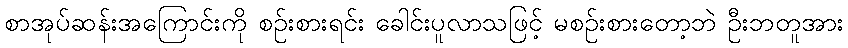
စာအုပ်ဆန်းအကြောင်းကို စဉ်းစားရင်း ခေါင်းပူလာသဖြင့် မစဉ်းစားတော့ဘဲ ဦးဘတူအား